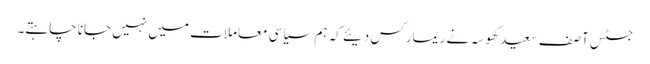
جسٹس آصف سعید کھوسہ نے ریمارکس دیئے کہ ہم سیاسی معاملات میں نہیں جانا چاہتے۔